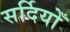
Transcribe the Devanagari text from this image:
सर्दियोँ